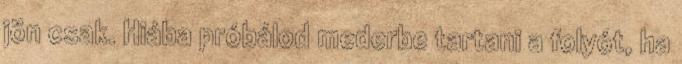
jön csak. Hiába próbálod mederbe tartani a folyót, ha